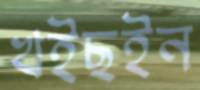
খইছইন